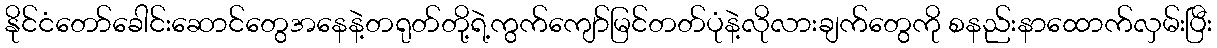
နိုင်ငံတော်ခေါင်းဆောင်တွေအနေနဲ့တရုတ်တို့ရဲ့ကွက်ကျော်မြင်တတ်ပုံနဲ့လိုလားချက်တွေကို စနည်းနာထောက်လှမ်းပြီး